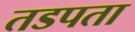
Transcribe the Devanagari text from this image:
तडपता